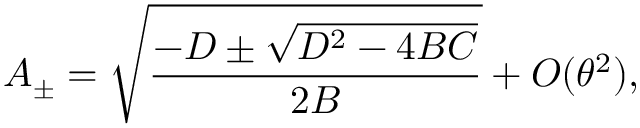
A _ { \pm } = \sqrt { \frac { - D \pm \sqrt { D ^ { 2 } - 4 B C } } { 2 B } } + O ( \theta ^ { 2 } ) ,